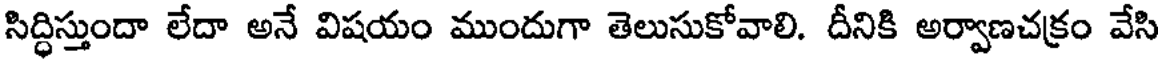
సిద్ధిస్తుందా లేదా అనే విషయం ముందుగా తెలుసుకోవాలి. దీనికి అర్వాణచక్రం వేసి